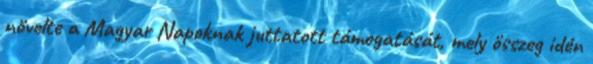
növelte a Magyar Napoknak juttatott támogatását, mely összeg idén